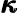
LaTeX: \pmb{\kappa}